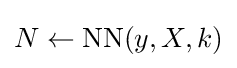
N\gets {\text{NN}}(y,X,k)